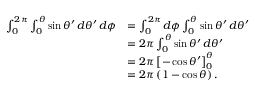
{ \begin{array} { r l } { \int _ { 0 } ^ { 2 \pi } \int _ { 0 } ^ { \theta } \sin \theta ^ { \prime } \, d \theta ^ { \prime } \, d \phi } & { = \int _ { 0 } ^ { 2 \pi } d \phi \int _ { 0 } ^ { \theta } \sin \theta ^ { \prime } \, d \theta ^ { \prime } } \\ & { = 2 \pi \int _ { 0 } ^ { \theta } \sin \theta ^ { \prime } \, d \theta ^ { \prime } } \\ & { = 2 \pi \left[ - \cos \theta ^ { \prime } \right] _ { 0 } ^ { \theta } } \\ & { = 2 \pi \left( 1 - \cos \theta \right) . } \end{array} }